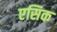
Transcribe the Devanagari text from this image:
एसिक